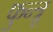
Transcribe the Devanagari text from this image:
फुन्त्रू